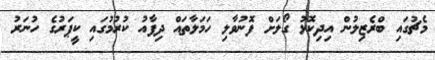
މެޗުގައި ބްރެޒިލުން އިދިކޮޅު ގޯލަށް ފޮނުވާލި ހަމަލާތައް ދިފާއު ކުރުމުގައި ކީޕަރުގެ ހުނަރު